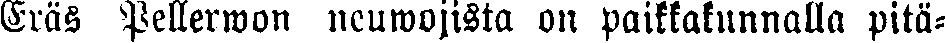
Eräs Pellerwon neuwojista on paikkakunnalla pitä-